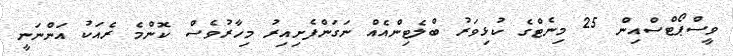
ވީސްޕޯޓްސްއިން 25 މިނެޓްގެ ކުޅިވަރު ބްލެޓިންއެއް ނަގަންފެށިއިރު މިހާރުވެސް ކޮންމެ ރެއަކު އަންނަނީ